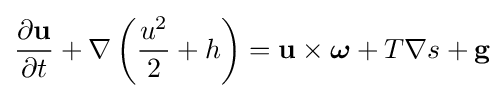
{\frac {\partial \mathbf {u} }{\partial t}}+\nabla \left({\frac {u^{2}}{2}}+h\right)=\mathbf {u} \times {\boldsymbol {\omega }}+T\nabla s+\mathbf {g}